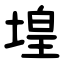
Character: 堭